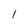
Character: 1